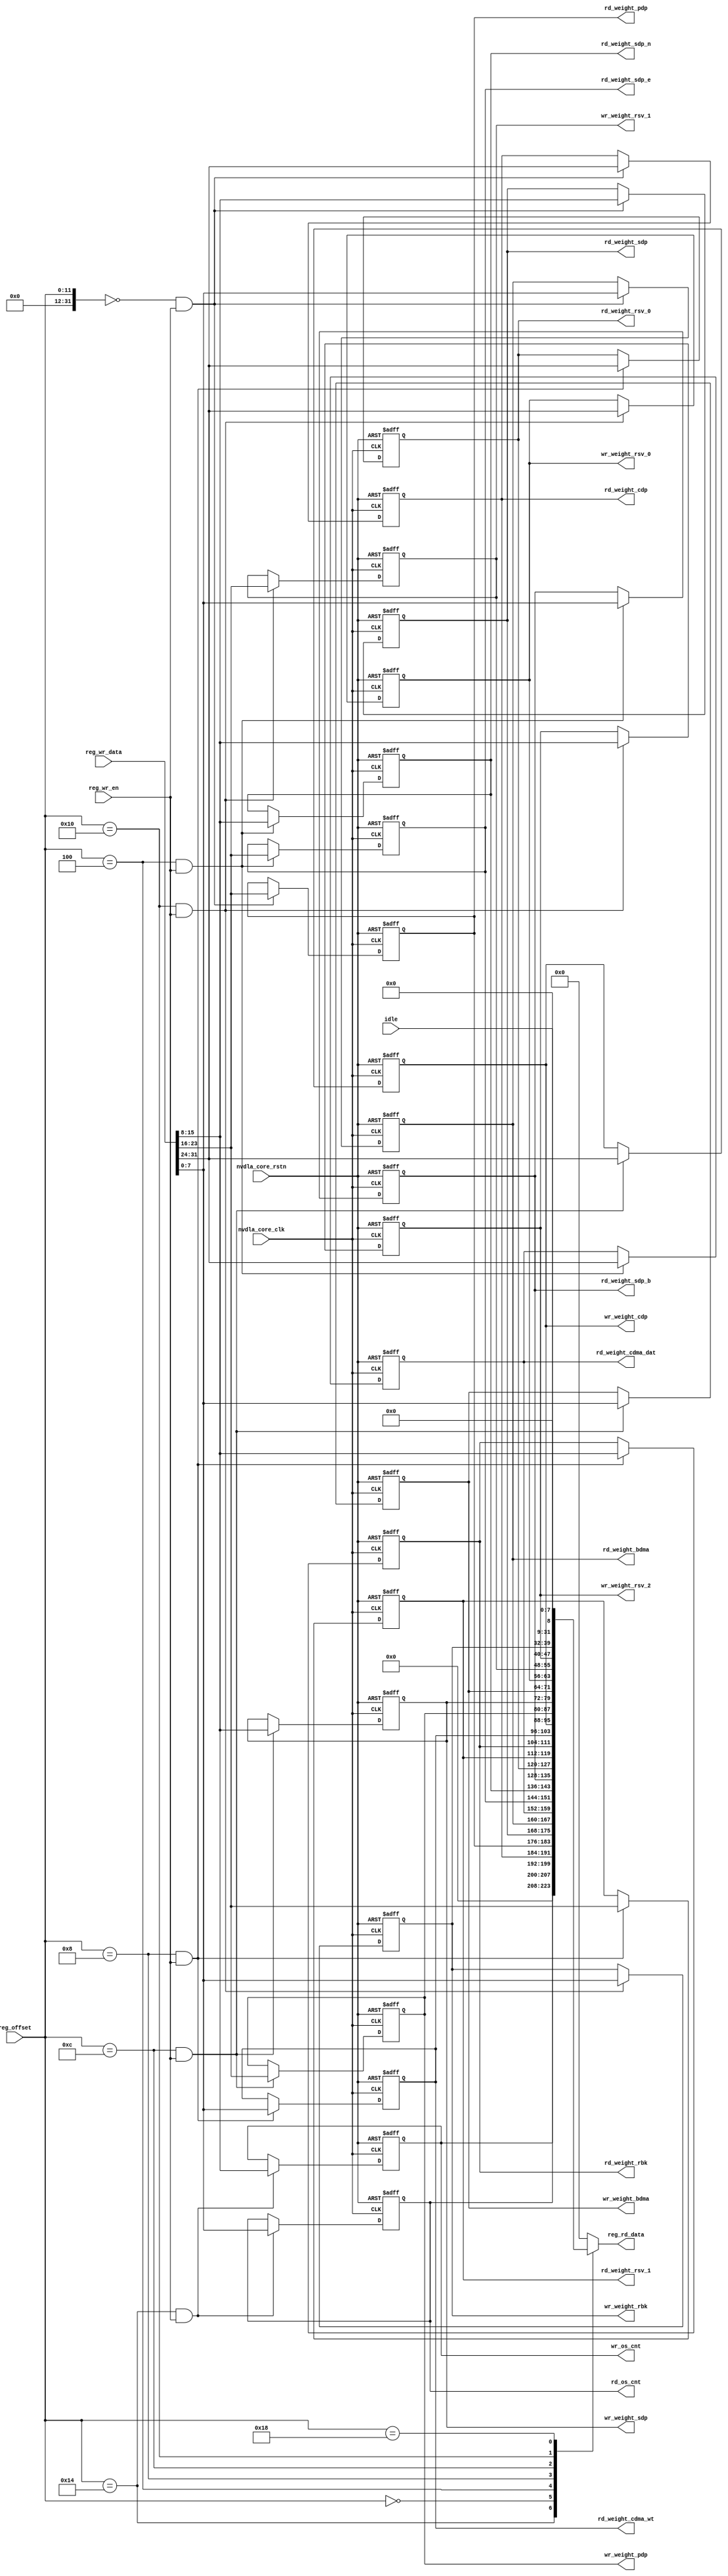
// ================================================================
// NVDLA Open Source Project
// 
// Copyright(c) 2016 - 2017 NVIDIA Corporation.  Licensed under the
// NVDLA Open Hardware License; Check "LICENSE" which comes with 
// this distribution for more information.
// ================================================================


module NV_NVDLA_MCIF_CSB_reg (
   reg_rd_data
  ,reg_offset
   // verilint 498 off
   // leda UNUSED_DEC off
  ,reg_wr_data
   // verilint 498 on
   // leda UNUSED_DEC on
  ,reg_wr_en
  ,nvdla_core_clk
  ,nvdla_core_rstn
  ,rd_os_cnt
  ,wr_os_cnt
  ,rd_weight_bdma
  ,rd_weight_cdp
  ,rd_weight_pdp
  ,rd_weight_sdp
  ,rd_weight_cdma_dat
  ,rd_weight_sdp_b
  ,rd_weight_sdp_e
  ,rd_weight_sdp_n
  ,rd_weight_cdma_wt
  ,rd_weight_rbk
  ,rd_weight_rsv_0
  ,rd_weight_rsv_1
  ,wr_weight_bdma
  ,wr_weight_cdp
  ,wr_weight_pdp
  ,wr_weight_sdp
  ,wr_weight_rbk
  ,wr_weight_rsv_0
  ,wr_weight_rsv_1
  ,wr_weight_rsv_2
  ,idle
  );

wire   [31:0] nvdla_mcif_cfg_outstanding_cnt_0_out;
wire   [31:0] nvdla_mcif_cfg_rd_weight_0_0_out;
wire   [31:0] nvdla_mcif_cfg_rd_weight_1_0_out;
wire   [31:0] nvdla_mcif_cfg_rd_weight_2_0_out;
wire   [31:0] nvdla_mcif_cfg_wr_weight_0_0_out;
wire   [31:0] nvdla_mcif_cfg_wr_weight_1_0_out;
wire   [31:0] nvdla_mcif_status_0_out;
wire   [11:0] reg_offset_rd_int;
wire   [31:0] reg_offset_wr;
// Register control interface
output [31:0] reg_rd_data;
input [11:0]  reg_offset;
input [31:0]  reg_wr_data;  //(UNUSED_DEC)
input         reg_wr_en;
input         nvdla_core_clk;
input         nvdla_core_rstn;


// Writable register flop/trigger outputs
output [7:0]  rd_os_cnt;
output [7:0]  wr_os_cnt;
output [7:0]  rd_weight_bdma;
output [7:0]  rd_weight_cdp;
output [7:0]  rd_weight_pdp;
output [7:0]  rd_weight_sdp;
output [7:0]  rd_weight_cdma_dat;
output [7:0]  rd_weight_sdp_b;
output [7:0]  rd_weight_sdp_e;
output [7:0]  rd_weight_sdp_n;
output [7:0]  rd_weight_cdma_wt;
output [7:0]  rd_weight_rbk;
output [7:0]  rd_weight_rsv_0;
output [7:0]  rd_weight_rsv_1;
output [7:0]  wr_weight_bdma;
output [7:0]  wr_weight_cdp;
output [7:0]  wr_weight_pdp;
output [7:0]  wr_weight_sdp;
output [7:0]  wr_weight_rbk;
output [7:0]  wr_weight_rsv_0;
output [7:0]  wr_weight_rsv_1;
output [7:0]  wr_weight_rsv_2;

// Read-only register inputs
input         idle;

// wr_mask register inputs

// rstn register inputs

// leda FM_2_23 off
reg           arreggen_abort_on_invalid_wr;
reg           arreggen_abort_on_rowr;
reg           arreggen_dump;
// leda FM_2_23 on
reg     [7:0] rd_os_cnt;
reg     [7:0] rd_weight_bdma;
reg     [7:0] rd_weight_cdma_dat;
reg     [7:0] rd_weight_cdma_wt;
reg     [7:0] rd_weight_cdp;
reg     [7:0] rd_weight_pdp;
reg     [7:0] rd_weight_rbk;
reg     [7:0] rd_weight_rsv_0;
reg     [7:0] rd_weight_rsv_1;
reg     [7:0] rd_weight_sdp;
reg     [7:0] rd_weight_sdp_b;
reg     [7:0] rd_weight_sdp_e;
reg     [7:0] rd_weight_sdp_n;
reg    [31:0] reg_rd_data;
reg     [7:0] wr_os_cnt;
reg     [7:0] wr_weight_bdma;
reg     [7:0] wr_weight_cdp;
reg     [7:0] wr_weight_pdp;
reg     [7:0] wr_weight_rbk;
reg     [7:0] wr_weight_rsv_0;
reg     [7:0] wr_weight_rsv_1;
reg     [7:0] wr_weight_rsv_2;
reg     [7:0] wr_weight_sdp;

assign reg_offset_wr = {20'b0 , reg_offset};
// SCR signals

// Address decode
wire nvdla_mcif_cfg_outstanding_cnt_0_wren = (reg_offset_wr == (32'h2014  & 32'h00000fff)) & reg_wr_en ;  //spyglass disable UnloadedNet-ML //(W528)
wire nvdla_mcif_cfg_rd_weight_0_0_wren = (reg_offset_wr == (32'h2000  & 32'h00000fff)) & reg_wr_en ;  //spyglass disable UnloadedNet-ML //(W528)
wire nvdla_mcif_cfg_rd_weight_1_0_wren = (reg_offset_wr == (32'h2004  & 32'h00000fff)) & reg_wr_en ;  //spyglass disable UnloadedNet-ML //(W528)
wire nvdla_mcif_cfg_rd_weight_2_0_wren = (reg_offset_wr == (32'h2008  & 32'h00000fff)) & reg_wr_en ;  //spyglass disable UnloadedNet-ML //(W528)
wire nvdla_mcif_cfg_wr_weight_0_0_wren = (reg_offset_wr == (32'h200c  & 32'h00000fff)) & reg_wr_en ;  //spyglass disable UnloadedNet-ML //(W528)
wire nvdla_mcif_cfg_wr_weight_1_0_wren = (reg_offset_wr == (32'h2010  & 32'h00000fff)) & reg_wr_en ;  //spyglass disable UnloadedNet-ML //(W528)
wire nvdla_mcif_status_0_wren = (reg_offset_wr == (32'h2018  & 32'h00000fff)) & reg_wr_en ;  //spyglass disable UnloadedNet-ML //(W528)

assign nvdla_mcif_cfg_outstanding_cnt_0_out[31:0] = { 16'b0, wr_os_cnt, rd_os_cnt };
assign nvdla_mcif_cfg_rd_weight_0_0_out[31:0] = { rd_weight_cdp, rd_weight_pdp, rd_weight_sdp, rd_weight_bdma };
assign nvdla_mcif_cfg_rd_weight_1_0_out[31:0] = { rd_weight_cdma_dat, rd_weight_sdp_e, rd_weight_sdp_n, rd_weight_sdp_b };
assign nvdla_mcif_cfg_rd_weight_2_0_out[31:0] = { rd_weight_rsv_0, rd_weight_rsv_1, rd_weight_rbk, rd_weight_cdma_wt };
assign nvdla_mcif_cfg_wr_weight_0_0_out[31:0] = { wr_weight_cdp, wr_weight_pdp, wr_weight_sdp, wr_weight_bdma };
assign nvdla_mcif_cfg_wr_weight_1_0_out[31:0] = { wr_weight_rsv_0, wr_weight_rsv_1, wr_weight_rsv_2, wr_weight_rbk };
assign nvdla_mcif_status_0_out[31:0] = { 23'b0, idle, 8'b0 };

assign reg_offset_rd_int = reg_offset;
// Output mux
//spyglass disable_block W338, W263 
always @(
  reg_offset_rd_int
  or nvdla_mcif_cfg_outstanding_cnt_0_out
  or nvdla_mcif_cfg_rd_weight_0_0_out
  or nvdla_mcif_cfg_rd_weight_1_0_out
  or nvdla_mcif_cfg_rd_weight_2_0_out
  or nvdla_mcif_cfg_wr_weight_0_0_out
  or nvdla_mcif_cfg_wr_weight_1_0_out
  or nvdla_mcif_status_0_out
  ) begin
  case (reg_offset_rd_int)
     (32'h2014  & 32'h00000fff): begin 
                            reg_rd_data =  nvdla_mcif_cfg_outstanding_cnt_0_out ;
                            end 
     (32'h2000  & 32'h00000fff): begin 
                            reg_rd_data =  nvdla_mcif_cfg_rd_weight_0_0_out ;
                            end 
     (32'h2004  & 32'h00000fff): begin 
                            reg_rd_data =  nvdla_mcif_cfg_rd_weight_1_0_out ;
                            end 
     (32'h2008  & 32'h00000fff): begin 
                            reg_rd_data =  nvdla_mcif_cfg_rd_weight_2_0_out ;
                            end 
     (32'h200c  & 32'h00000fff): begin 
                            reg_rd_data =  nvdla_mcif_cfg_wr_weight_0_0_out ;
                            end 
     (32'h2010  & 32'h00000fff): begin 
                            reg_rd_data =  nvdla_mcif_cfg_wr_weight_1_0_out ;
                            end 
     (32'h2018  & 32'h00000fff): begin 
                            reg_rd_data =  nvdla_mcif_status_0_out ;
                            end 
    default: reg_rd_data = {32{1'b0}};
  endcase
end

//spyglass enable_block W338, W263

// spyglass disable_block STARC-2.10.1.6, NoConstWithXZ, W443

// Register flop declarations
always @(posedge nvdla_core_clk or negedge nvdla_core_rstn) begin
  if (!nvdla_core_rstn) begin
    rd_os_cnt[7:0] <= 8'b11111111;
    wr_os_cnt[7:0] <= 8'b11111111;
    rd_weight_bdma[7:0] <= 8'b00000001;
    rd_weight_cdp[7:0] <= 8'b00000001;
    rd_weight_pdp[7:0] <= 8'b00000001;
    rd_weight_sdp[7:0] <= 8'b00000001;
    rd_weight_cdma_dat[7:0] <= 8'b00000001;
    rd_weight_sdp_b[7:0] <= 8'b00000001;
    rd_weight_sdp_e[7:0] <= 8'b00000001;
    rd_weight_sdp_n[7:0] <= 8'b00000001;
    rd_weight_cdma_wt[7:0] <= 8'b00000001;
    rd_weight_rbk[7:0] <= 8'b00000001;
    rd_weight_rsv_0[7:0] <= 8'b00000001;
    rd_weight_rsv_1[7:0] <= 8'b00000001;
    wr_weight_bdma[7:0] <= 8'b00000001;
    wr_weight_cdp[7:0] <= 8'b00000001;
    wr_weight_pdp[7:0] <= 8'b00000001;
    wr_weight_sdp[7:0] <= 8'b00000001;
    wr_weight_rbk[7:0] <= 8'b00000001;
    wr_weight_rsv_0[7:0] <= 8'b00000001;
    wr_weight_rsv_1[7:0] <= 8'b00000001;
    wr_weight_rsv_2[7:0] <= 8'b00000001;
  end else begin
  // Register: NVDLA_MCIF_CFG_OUTSTANDING_CNT_0    Field: rd_os_cnt
  if (nvdla_mcif_cfg_outstanding_cnt_0_wren) begin
    rd_os_cnt[7:0] <= reg_wr_data[7:0];
  end

  // Register: NVDLA_MCIF_CFG_OUTSTANDING_CNT_0    Field: wr_os_cnt
  if (nvdla_mcif_cfg_outstanding_cnt_0_wren) begin
    wr_os_cnt[7:0] <= reg_wr_data[15:8];
  end

  // Register: NVDLA_MCIF_CFG_RD_WEIGHT_0_0    Field: rd_weight_bdma
  if (nvdla_mcif_cfg_rd_weight_0_0_wren) begin
    rd_weight_bdma[7:0] <= reg_wr_data[7:0];
  end

  // Register: NVDLA_MCIF_CFG_RD_WEIGHT_0_0    Field: rd_weight_cdp
  if (nvdla_mcif_cfg_rd_weight_0_0_wren) begin
    rd_weight_cdp[7:0] <= reg_wr_data[31:24];
  end

  // Register: NVDLA_MCIF_CFG_RD_WEIGHT_0_0    Field: rd_weight_pdp
  if (nvdla_mcif_cfg_rd_weight_0_0_wren) begin
    rd_weight_pdp[7:0] <= reg_wr_data[23:16];
  end

  // Register: NVDLA_MCIF_CFG_RD_WEIGHT_0_0    Field: rd_weight_sdp
  if (nvdla_mcif_cfg_rd_weight_0_0_wren) begin
    rd_weight_sdp[7:0] <= reg_wr_data[15:8];
  end

  // Register: NVDLA_MCIF_CFG_RD_WEIGHT_1_0    Field: rd_weight_cdma_dat
  if (nvdla_mcif_cfg_rd_weight_1_0_wren) begin
    rd_weight_cdma_dat[7:0] <= reg_wr_data[31:24];
  end

  // Register: NVDLA_MCIF_CFG_RD_WEIGHT_1_0    Field: rd_weight_sdp_b
  if (nvdla_mcif_cfg_rd_weight_1_0_wren) begin
    rd_weight_sdp_b[7:0] <= reg_wr_data[7:0];
  end

  // Register: NVDLA_MCIF_CFG_RD_WEIGHT_1_0    Field: rd_weight_sdp_e
  if (nvdla_mcif_cfg_rd_weight_1_0_wren) begin
    rd_weight_sdp_e[7:0] <= reg_wr_data[23:16];
  end

  // Register: NVDLA_MCIF_CFG_RD_WEIGHT_1_0    Field: rd_weight_sdp_n
  if (nvdla_mcif_cfg_rd_weight_1_0_wren) begin
    rd_weight_sdp_n[7:0] <= reg_wr_data[15:8];
  end

  // Register: NVDLA_MCIF_CFG_RD_WEIGHT_2_0    Field: rd_weight_cdma_wt
  if (nvdla_mcif_cfg_rd_weight_2_0_wren) begin
    rd_weight_cdma_wt[7:0] <= reg_wr_data[7:0];
  end

  // Register: NVDLA_MCIF_CFG_RD_WEIGHT_2_0    Field: rd_weight_rbk
  if (nvdla_mcif_cfg_rd_weight_2_0_wren) begin
    rd_weight_rbk[7:0] <= reg_wr_data[15:8];
  end

  // Register: NVDLA_MCIF_CFG_RD_WEIGHT_2_0    Field: rd_weight_rsv_0
  if (nvdla_mcif_cfg_rd_weight_2_0_wren) begin
    rd_weight_rsv_0[7:0] <= reg_wr_data[31:24];
  end

  // Register: NVDLA_MCIF_CFG_RD_WEIGHT_2_0    Field: rd_weight_rsv_1
  if (nvdla_mcif_cfg_rd_weight_2_0_wren) begin
    rd_weight_rsv_1[7:0] <= reg_wr_data[23:16];
  end

  // Register: NVDLA_MCIF_CFG_WR_WEIGHT_0_0    Field: wr_weight_bdma
  if (nvdla_mcif_cfg_wr_weight_0_0_wren) begin
    wr_weight_bdma[7:0] <= reg_wr_data[7:0];
  end

  // Register: NVDLA_MCIF_CFG_WR_WEIGHT_0_0    Field: wr_weight_cdp
  if (nvdla_mcif_cfg_wr_weight_0_0_wren) begin
    wr_weight_cdp[7:0] <= reg_wr_data[31:24];
  end

  // Register: NVDLA_MCIF_CFG_WR_WEIGHT_0_0    Field: wr_weight_pdp
  if (nvdla_mcif_cfg_wr_weight_0_0_wren) begin
    wr_weight_pdp[7:0] <= reg_wr_data[23:16];
  end

  // Register: NVDLA_MCIF_CFG_WR_WEIGHT_0_0    Field: wr_weight_sdp
  if (nvdla_mcif_cfg_wr_weight_0_0_wren) begin
    wr_weight_sdp[7:0] <= reg_wr_data[15:8];
  end

  // Register: NVDLA_MCIF_CFG_WR_WEIGHT_1_0    Field: wr_weight_rbk
  if (nvdla_mcif_cfg_wr_weight_1_0_wren) begin
    wr_weight_rbk[7:0] <= reg_wr_data[7:0];
  end

  // Register: NVDLA_MCIF_CFG_WR_WEIGHT_1_0    Field: wr_weight_rsv_0
  if (nvdla_mcif_cfg_wr_weight_1_0_wren) begin
    wr_weight_rsv_0[7:0] <= reg_wr_data[31:24];
  end

  // Register: NVDLA_MCIF_CFG_WR_WEIGHT_1_0    Field: wr_weight_rsv_1
  if (nvdla_mcif_cfg_wr_weight_1_0_wren) begin
    wr_weight_rsv_1[7:0] <= reg_wr_data[23:16];
  end

  // Register: NVDLA_MCIF_CFG_WR_WEIGHT_1_0    Field: wr_weight_rsv_2
  if (nvdla_mcif_cfg_wr_weight_1_0_wren) begin
    wr_weight_rsv_2[7:0] <= reg_wr_data[15:8];
  end

  // Not generating flops for read-only field NVDLA_MCIF_STATUS_0::idle

  end
end
// spyglass enable_block STARC-2.10.1.6, NoConstWithXZ, W443

// synopsys translate_off
// VCS coverage off
initial begin
  arreggen_dump                  = $test$plusargs("arreggen_dump_wr");
  arreggen_abort_on_rowr         = $test$plusargs("arreggen_abort_on_rowr");
  arreggen_abort_on_invalid_wr   = $test$plusargs("arreggen_abort_on_invalid_wr");
`ifdef VERILATOR
`else
  $timeformat(-9, 2, "ns", 15);
`endif
end

always @(posedge nvdla_core_clk) begin
  if (reg_wr_en) begin
    case(reg_offset)
      (32'h2014  & 32'h00000fff): if (arreggen_dump) $display("%t:%m: reg wr: NVDLA_MCIF_CFG_OUTSTANDING_CNT_0 = 0x%h (old value: 0x%h, 0x%b))", $time, reg_wr_data, nvdla_mcif_cfg_outstanding_cnt_0_out, nvdla_mcif_cfg_outstanding_cnt_0_out);
      (32'h2000  & 32'h00000fff): if (arreggen_dump) $display("%t:%m: reg wr: NVDLA_MCIF_CFG_RD_WEIGHT_0_0 = 0x%h (old value: 0x%h, 0x%b))", $time, reg_wr_data, nvdla_mcif_cfg_rd_weight_0_0_out, nvdla_mcif_cfg_rd_weight_0_0_out);
      (32'h2004  & 32'h00000fff): if (arreggen_dump) $display("%t:%m: reg wr: NVDLA_MCIF_CFG_RD_WEIGHT_1_0 = 0x%h (old value: 0x%h, 0x%b))", $time, reg_wr_data, nvdla_mcif_cfg_rd_weight_1_0_out, nvdla_mcif_cfg_rd_weight_1_0_out);
      (32'h2008  & 32'h00000fff): if (arreggen_dump) $display("%t:%m: reg wr: NVDLA_MCIF_CFG_RD_WEIGHT_2_0 = 0x%h (old value: 0x%h, 0x%b))", $time, reg_wr_data, nvdla_mcif_cfg_rd_weight_2_0_out, nvdla_mcif_cfg_rd_weight_2_0_out);
      (32'h200c  & 32'h00000fff): if (arreggen_dump) $display("%t:%m: reg wr: NVDLA_MCIF_CFG_WR_WEIGHT_0_0 = 0x%h (old value: 0x%h, 0x%b))", $time, reg_wr_data, nvdla_mcif_cfg_wr_weight_0_0_out, nvdla_mcif_cfg_wr_weight_0_0_out);
      (32'h2010  & 32'h00000fff): if (arreggen_dump) $display("%t:%m: reg wr: NVDLA_MCIF_CFG_WR_WEIGHT_1_0 = 0x%h (old value: 0x%h, 0x%b))", $time, reg_wr_data, nvdla_mcif_cfg_wr_weight_1_0_out, nvdla_mcif_cfg_wr_weight_1_0_out);
      (32'h2018  & 32'h00000fff): begin
          if (arreggen_dump) $display("%t:%m: read-only reg wr: NVDLA_MCIF_STATUS_0 = 0x%h", $time, reg_wr_data);
          if (arreggen_abort_on_rowr) begin $display("ERROR: write to read-only register!"); $finish; end
        end
      default: begin
          if (arreggen_dump) $display("%t:%m: reg wr: Unknown register (0x%h) = 0x%h", $time, reg_offset, reg_wr_data);
          if (arreggen_abort_on_invalid_wr) begin $display("ERROR: write to undefined register!"); $finish; end
        end
    endcase
  end
end

// VCS coverage on
// synopsys translate_on

endmodule // NV_NVDLA_MCIF_CSB_reg